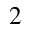
^ 2